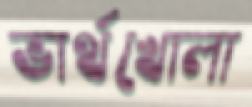
ভার্থখোলা